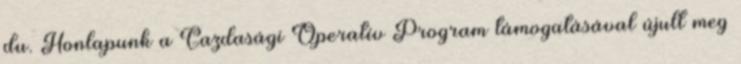
du. Honlapunk a Gazdasági Operatív Program támogatásával újult meg